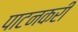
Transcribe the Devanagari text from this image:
पाटनकरी